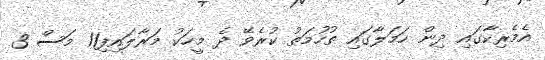
އެމެރިކާގައި ދިން ހަމަލާގައި ތުހުމަތު ކުރެވޭ ދެ މީހަކު މަރާލައިފި11 މަސް 3